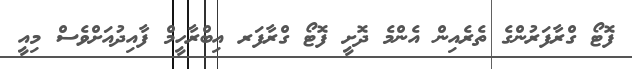
ފޮޓޯ ގްރާފަރުންގެ ތެރެއިން އެންމެ ދޮށީ ފޮޓޯ ގްރާފަރ އިބްރާހީމް ފާއިދުއަށްވެސް މިއީ